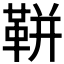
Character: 𩊖